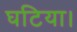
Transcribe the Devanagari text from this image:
घटिया।